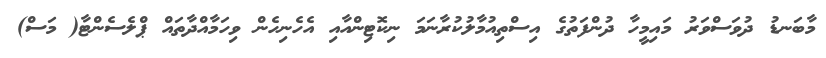
މާބަނޑު ދުވަސްވަރު މައިމީހާ ދުންފަތުގެ އިސްތިއުމާލުކުރާނަމަ ނިކޮޓިންއާއި އެހެނިހެން ވިހަމާއްދާތައް ޕްލެސެންޓާ( މަސް)